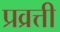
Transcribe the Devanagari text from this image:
प्रव्रत्ती